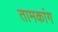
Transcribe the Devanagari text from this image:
तामकांग